Supplement to the account of plague administration in the Bombay Presidency from September 1896 till May 1897
Year: 1896
Disease focus: Plague
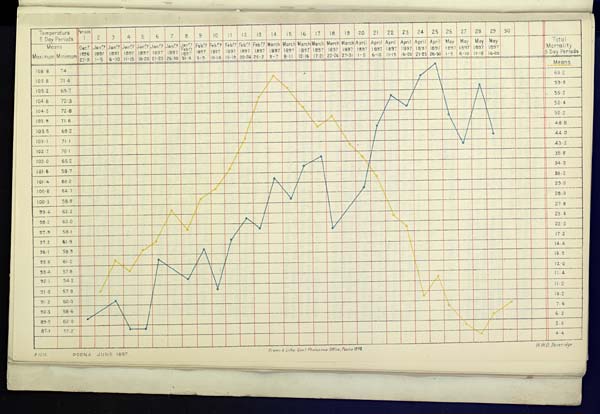
B 1215. POONA JUNE 1897. Drawn & Litho: Govt. Photozinco, Office, Poona 1898 W.W.O. Beveridge